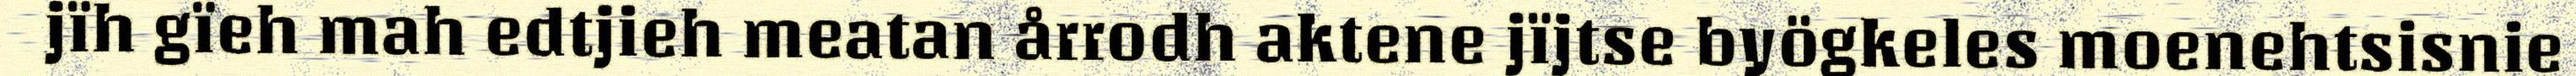
jïh gïeh mah edtjieh meatan årrodh aktene jïjtse byögkeles moenehtsisnie